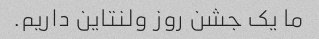
ما یک جشن روز ولنتاین داریم.